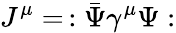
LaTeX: J^{\mu}=\, :{\bar{\Psi}}\gamma^{\mu}\Psi: